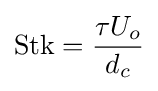
\mathrm {Stk} ={\frac {\tau U_{o}}{d_{c}}}